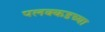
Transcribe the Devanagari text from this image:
पलक्कडच्या